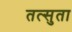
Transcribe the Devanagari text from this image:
तत्सुता